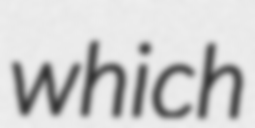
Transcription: which